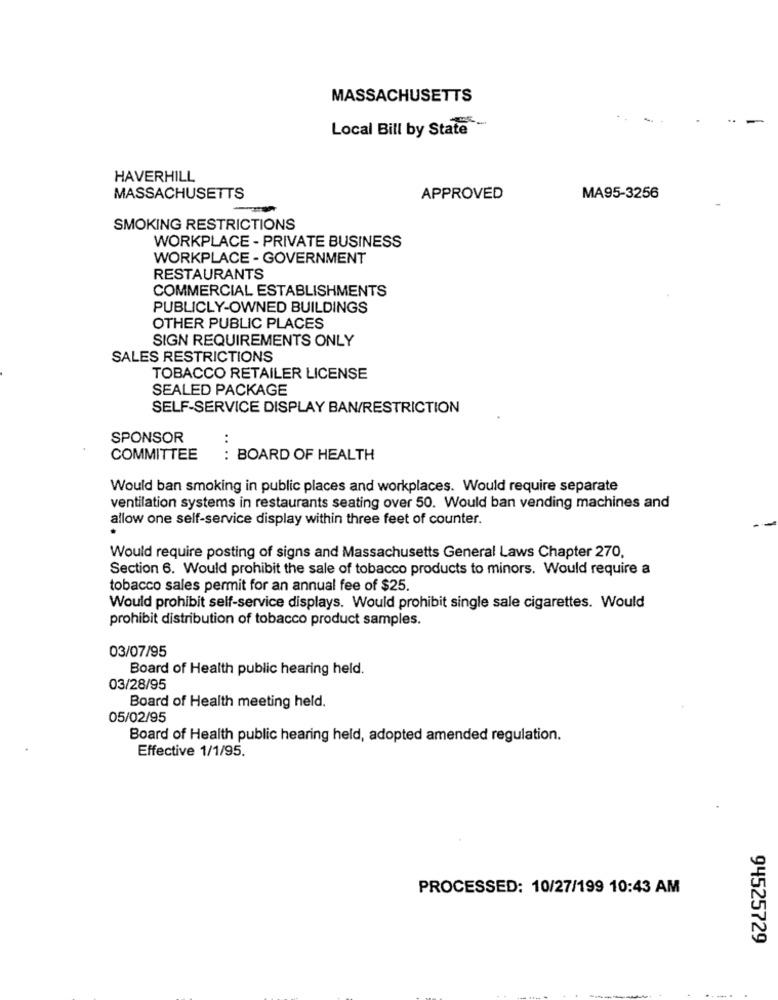
MASSACHUSETTS
Local Bill by State
HAVERHILL
MASSACHUSETTS
APPROVED
MA95-3256
SMOKING RESTRICTIONS
WORKPLACE - PRIVATE BUSINESS
WORKPLACE - GOVERNMENT
RESTAURANTS
COMMERCIAL ESTABLISHMENTS
PUBLICLY-OWNED BUILDINGS
OTHER PUBLIC PLACES
SIGN REQUIREMENTS ONLY
SALES RESTRICTIONS
TOBACCO RETAILER LICENSE
SEALED PACKAGE
SELF-SERVICE DISPLAY BAN/RESTRICTION
SPONSOR
..
COMMITTEE
: BOARD OF HEALTH
Would ban smoking in public places and workplaces. Would require separate
ventilation systems in restaurants seating over 50. Would ban vending machines and
allow one self-service display within three feet of counter.
Would require posting of signs and Massachusetts General Laws Chapter 270,
Section 6. Would prohibit the sale of tobacco products to minors. Would require a
tobacco sales permit for an annual fee of $25.
Would prohibit self-service displays. Would prohibit single sale cigarettes. Would
prohibit distribution of tobacco product samples.
03/07/95
Board of Health public hearing held.
03/28/95
Board of Health meeting held.
05/02/95
Board of Health public hearing held, adopted amended regulation.
Effective 1/1/95.
PROCESSED: 10/27/199 10:43 AM
94525729